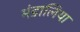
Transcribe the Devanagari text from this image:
मंडालिया